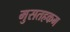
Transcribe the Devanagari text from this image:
मुसतहकम